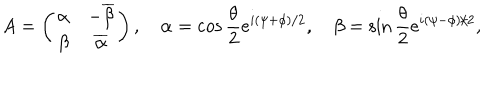
A = \left( \begin{array} { c c } { { \alpha } } & { { - \overline { { { \beta } } } } } \\ { { \beta } } & { { \overline { { { \alpha } } } } } \\ \end{array} \right) , \quad \alpha = \cos { \frac { \theta } { 2 } } e ^ { i ( \psi + \phi ) / 2 } , \quad \beta = \sin { \frac { \theta } { 2 } } e ^ { i ( \psi - \phi ) / 2 } ,